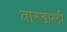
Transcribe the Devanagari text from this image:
वारडोली